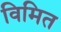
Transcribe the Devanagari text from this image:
विमित